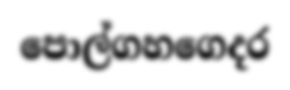
පොල්ගහගෙදර